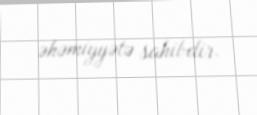
əhəmiyyətə sahibdir.